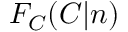
F _ { C } ( C | n )